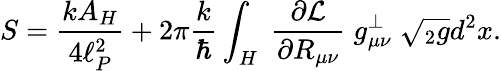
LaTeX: S={\frac{kA_{H}}{4\ell_{P}^{2}}}+2\pi{\frac{k}{\hbar}}\int_{H}\; {\frac{\partial{\cal L}}{\partial R_{\mu\nu}}}\; g_{\mu\nu}^{\perp}\; \sqrt{{}_{2}g}d^{2}x.